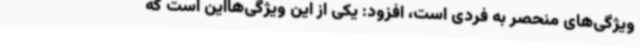
ویژگی‌های منحصر به فردی است، افزود: یکی از این ویژگی‌هااین است که